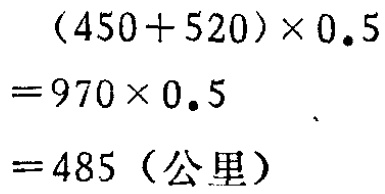
\[(450 + 520)\times0.5\\

= 970\times0.5\\

= 485 (\text{公里})\]